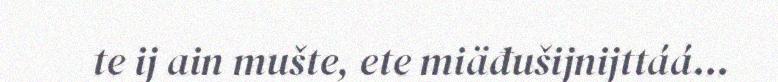
te ij ain mušte, ete miäđušijnijttáá...